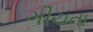
ગીચતા